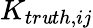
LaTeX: K_{tr\mathit{u}th,ij}